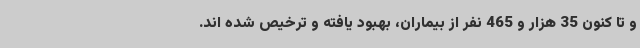
و تا کنون 35 هزار و 465 نفر از بیماران، بهبود یافته و ترخیص شده اند.